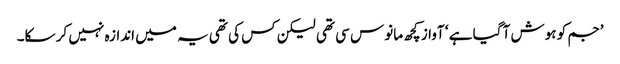
’جم کو ہوش آ گیا ہے ‘ آواز کچھ مانوس سی تھی لیکن کس کی تھی یہ میں اندازہ نہیں کر سکا۔